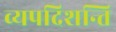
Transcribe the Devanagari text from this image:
व्यपदिशन्ति